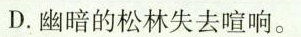
D.幽暗的松林失去喧响。